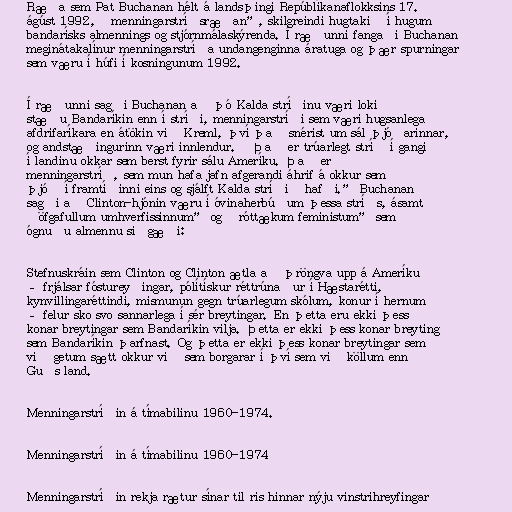
Ræða sem Pat Buchanan hélt á landsþingi Repúblíkanaflokksins 17.
ágúst 1992, „menningarstríðsræðan”, skilgreindi hugtakið í hugum
bandarísks almennings og stjórnmálaskýrenda. Í ræðunni fangaði Buchanan
meginátakalínur menningarstríða undangenginna áratuga og þær spurningar
sem væru í húfi í kosningunum 1992.

Í ræðunni sagði Buchanan að þó Kalda stríðinu væri lokið
stæðu Bandaríkin enn í stríði, menningarstríði sem væri hugsanlega
afdrifaríkara en átökin við Kreml, því það snérist um sál þjóðarinnar,
og andstæðingurinn væri innlendur. „Það er trúarlegt stríð í gangi
í landinu okkar sem berst fyrir sálu Ameríku. Það er
menningarstríð, sem mun hafa jafn afgerandi áhrif á okkur sem
þjóð í framtíðinni eins og sjálft Kalda stríðið hafði.” Buchanan
sagði að Clinton-hjónin væru í óvinaherbúðum þessa stríðs, ásamt
„öfgafullum umhverfissinnum” og „róttækum feministum” sem
ógnuðu almennu siðgæði:

Stefnuskráin sem Clinton og Clinton ætla að þröngva upp á Ameríku
– frjálsar fóstureyðingar, pólítískur réttrúnaður í Hæstarétti,
kynvillingaréttindi, mismunun gegn trúarlegum skólum, konur í hernum
– felur sko svo sannarlega í sér breytingar. En þetta eru ekki þess
konar breytingar sem Bandaríkin vilja. Þetta er ekki þess konar breyting
sem Bandaríkin þarfnast. Og þetta er ekki þess konar breytingar sem
við getum sætt okkur við sem borgarar í því sem við köllum enn
Guðs land.

Menningarstríðin á tímabilinu 1960-1974.

Menningarstríðin á tímabilinu 1960-1974

Menningarstríðin rekja rætur sínar til ris hinnar nýju vinstrihreyfingar